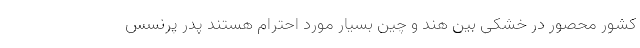
کشور محصور در خشکی بین هند و چین بسیار مورد احترام هستند پدر پرنسس